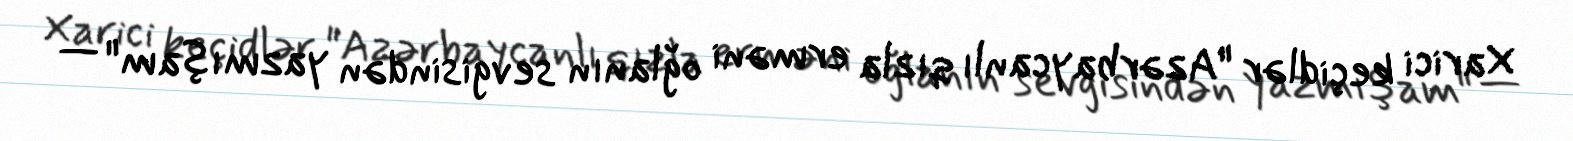
Xarici keçidlər "Azərbaycanlı qızla erməni oğlanın sevgisindən yazmışam" —